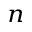
_ n